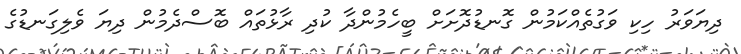
ދިޔަވަރު ހިކި ވަގުތެއްކަމުން ގޮނޑުދޮށަށް ބީހެމުންދާ ކުދި ރާޅުތައް ބޮސްދެމުން ދިޔަ ވެލިގަނޑުގެ